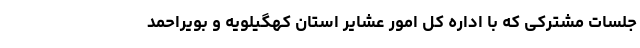
جلسات مشترکی که با اداره کل امور عشایر استان کهگیلویه و بویراحمد